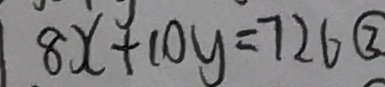
8 x - 1 0 y = 7 2 6 \textcircled { 3 }